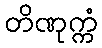
တိဏုက္ကံ